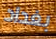
بغداد